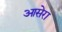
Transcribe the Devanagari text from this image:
आसेरा